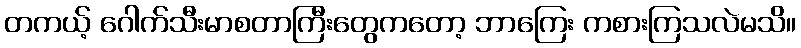
တကယ့် ဂေါက်သီးမာစတာကြီးတွေကတော့ ဘာကြေး ကစားကြသလဲမသိ။